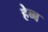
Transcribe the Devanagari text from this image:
हेब्ब